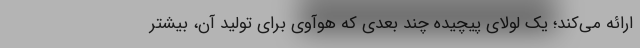
ارائه می‌کند؛ یک لولای پیچیده چند بعدی که هوآوی برای تولید آن، بیشتر